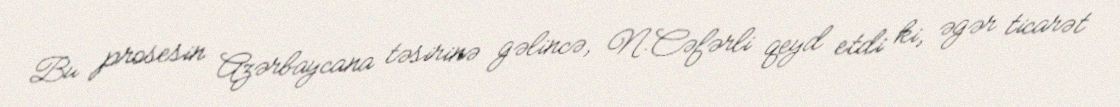
Bu prosesin Azərbaycana təsirinə gəlincə, N.Cəfərli qeyd etdi ki, əgər ticarət